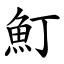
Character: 䰳